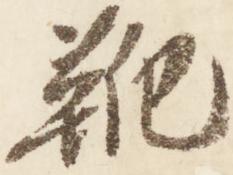
靴